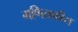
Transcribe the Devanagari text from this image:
गणितकीय